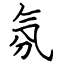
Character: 氛